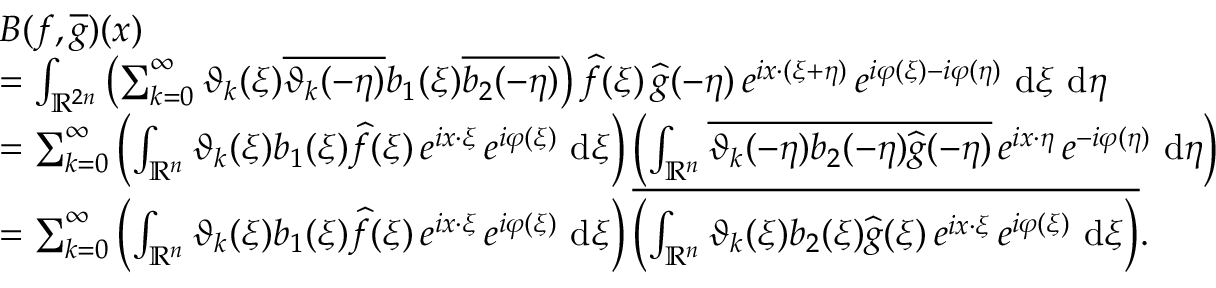
\begin{array} { r l } & { B ( f , \overline { { g } } ) ( x ) } \\ & { = \int _ { \mathbb { R } ^ { 2 n } } \left( \sum _ { k = 0 } ^ { \infty } \vartheta _ { k } ( \xi ) \overline { { \vartheta _ { k } ( - \eta ) } } b _ { 1 } ( \xi ) \overline { { b _ { 2 } ( - \eta ) } } \right) \widehat { f } ( \xi ) \, \widehat { g } ( - \eta ) \, e ^ { i x \cdot ( \xi + \eta ) } \, e ^ { i \varphi ( \xi ) - i \varphi ( \eta ) } \, \, \mathrm { d } \xi \, \, \mathrm { d } \eta } \\ & { = \sum _ { k = 0 } ^ { \infty } \left( \int _ { \mathbb { R } ^ { n } } \vartheta _ { k } ( \xi ) b _ { 1 } ( \xi ) \widehat { f } ( \xi ) \, e ^ { i x \cdot \xi } \, e ^ { i \varphi ( \xi ) } \, \, \mathrm { d } \xi \right) \left( \int _ { \mathbb { R } ^ { n } } \overline { { \vartheta _ { k } ( - \eta ) b _ { 2 } ( - \eta ) \widehat { g } ( - \eta ) } } \, e ^ { i x \cdot \eta } \, e ^ { - i \varphi ( \eta ) } \, \, \mathrm { d } \eta \right) } \\ & { = \sum _ { k = 0 } ^ { \infty } \left( \int _ { \mathbb { R } ^ { n } } \vartheta _ { k } ( \xi ) b _ { 1 } ( \xi ) \widehat { f } ( \xi ) \, e ^ { i x \cdot \xi } \, e ^ { i \varphi ( \xi ) } \, \, \mathrm { d } \xi \right) \overline { { \left( \int _ { \mathbb { R } ^ { n } } \vartheta _ { k } ( \xi ) b _ { 2 } ( \xi ) \widehat { g } ( \xi ) \, e ^ { i x \cdot \xi } \, e ^ { i \varphi ( \xi ) } \, \, \mathrm { d } \xi \right) } } . } \end{array}